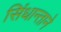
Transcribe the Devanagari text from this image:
सिंधान्ताने